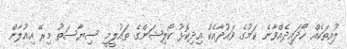
ލުއިތަކެއް ހޯދައިދެއްވާނެ ކަމުގެ ވައުދާއެކު އިދިކޮޅު ކޯލިޝަންގެ ތައުލީމީ ސިޔާސަތު މިރޭ އިއުލާން